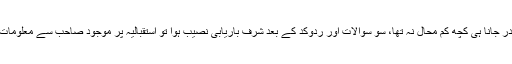
گیٹ سے اندر جانا ہی کچھ کم محال نہ تھا، سو سوالات اور ردوکد کے بعد شرفِ باریابی نصیب ہوا تو استقبالیہ پر موجود صاحب سے معلومات لینے لگے۔